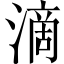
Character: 滴